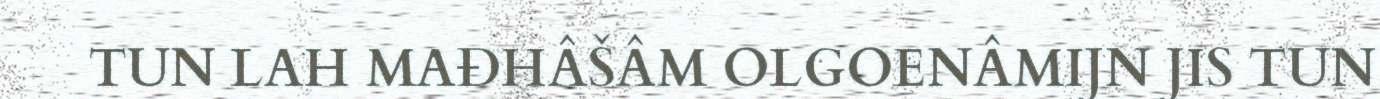
TUN LAH MAĐHÂŠÂM OLGOENÂMIJN JIS TUN